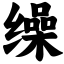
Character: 缲